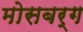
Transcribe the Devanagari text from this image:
मोसबर्ग